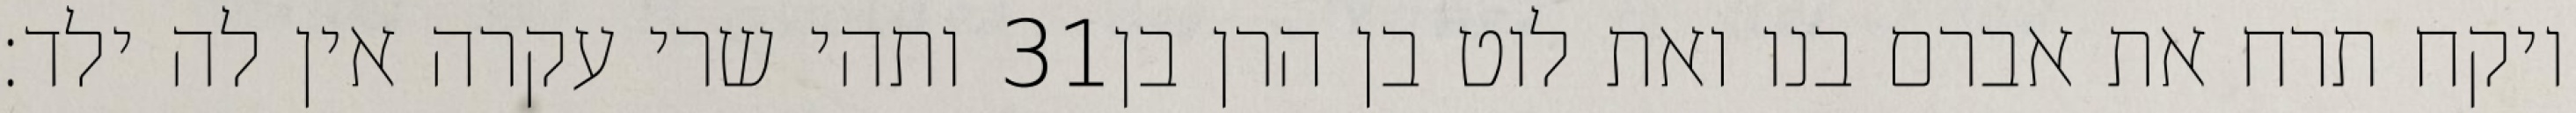
ותהי שרי עקרה אין לה ילד׃ ‎31‏ ויקח תרח את אברם בנו ואת לוט בן הרן בן